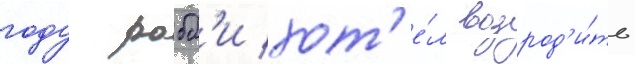
году робб'и хот'е́л возрод'и́ть